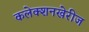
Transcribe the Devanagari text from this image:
कलेक्शनखेरीज